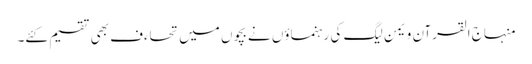
منہاج القرآن ویمن لیگ کی رہنماؤں نے بچوں میں تحاءف بھی تقسیم کئے۔